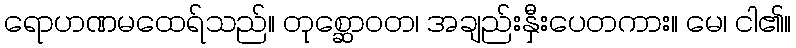
ရောဟဏမထေရ်သည်။ တုစ္ဆောဝတ၊ အချည်းနှီးပေတကား။ မေ၊ ငါ၏။